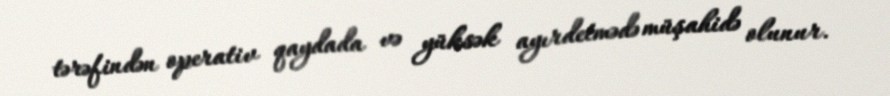
tərəfindən operativ qaydada və yüksək ayırdetmədə müşahidə olunur.